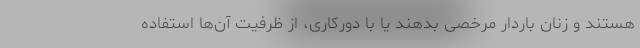
هستند و زنان باردار مرخصی بدهند یا با دورکاری، از ظرفیت آن‌ها استفاده